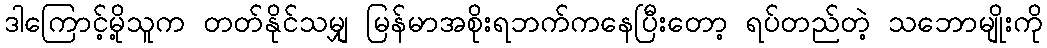
ဒါကြောင့်မို့သူက တတ်နိုင်သမျှ မြန်မာအစိုးရဘက်ကနေပြီးတော့ ရပ်တည်တဲ့ သဘောမျိုးကို